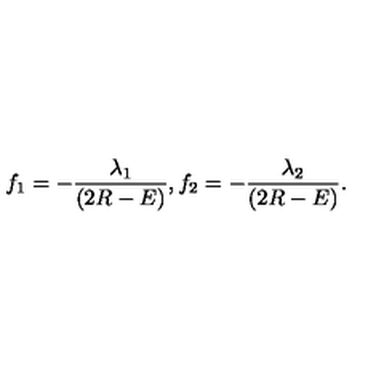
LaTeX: f _ { 1 } = - \frac { \lambda _ { 1 } } { ( 2 R - E ) } , f _ { 2 } = - \frac { \lambda _ { 2 } } { ( 2 R - E ) } .